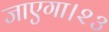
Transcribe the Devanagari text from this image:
जाएगा।२३